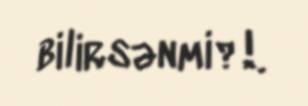
bilirsənmi?!.